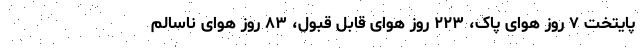
پایتخت ۷ روز هوای پاک، ۲۲۳‌ روز هوای قابل قبول، ‌۸۳ روز هوای ناسالم